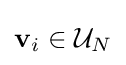
\mathbf {v} _{i}\in {\mathcal {U}}_{N}